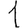
Digit: 1